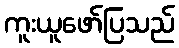
ကူးယူဖော်ပြသည်